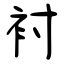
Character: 袝